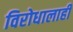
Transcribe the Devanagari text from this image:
विरोधालाही